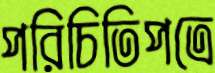
পরিচিতিপত্রে